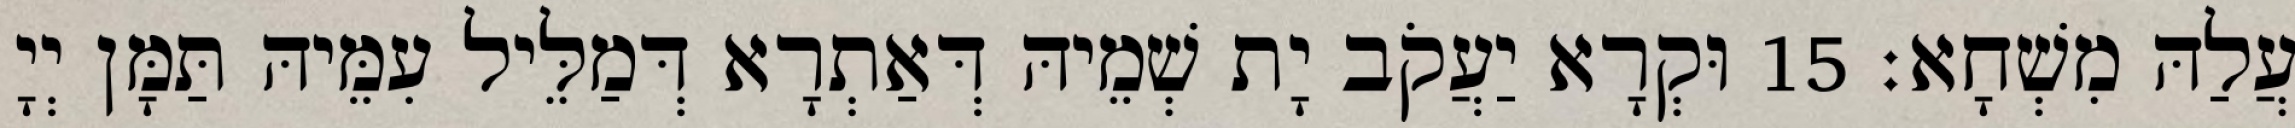
עֲלַהּ מִשְׁחָא׃ 15 וּקְרָא יַעֲקֹב יָת שְׁמֵיהּ דְּאַתְרָא דְּמַלֵּיל עִמֵּיהּ תַּמָּן יְיָ